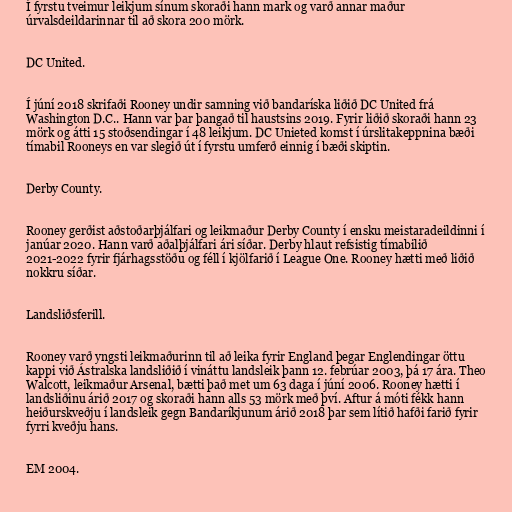
Í fyrstu tveimur leikjum sínum skoraði hann mark og varð annar maður
úrvalsdeildarinnar til að skora 200 mörk.

DC United.

Í júní 2018 skrifaði Rooney undir samning við bandaríska liðið DC United frá
Washington D.C.. Hann var þar þangað til haustsins 2019. Fyrir liðið skoraði hann 23
mörk og átti 15 stoðsendingar í 48 leikjum. DC Unieted komst í úrslitakeppnina bæði
tímabil Rooneys en var slegið út í fyrstu umferð einnig í bæði skiptin.

Derby County.

Rooney gerðist aðstoðarþjálfari og leikmaður Derby County í ensku meistaradeildinni í
janúar 2020. Hann varð aðalþjálfari ári síðar. Derby hlaut refsistig tímabilið
2021-2022 fyrir fjárhagsstöðu og féll í kjölfarið í League One. Rooney hætti með liðið
nokkru síðar.

Landsliðsferill.

Rooney varð yngsti leikmaðurinn til að leika fyrir England þegar Englendingar öttu
kappi við Ástralska landsliðið í vináttu landsleik þann 12. febrúar 2003, þá 17 ára. Theo
Walcott, leikmaður Arsenal, bætti það met um 63 daga í júní 2006. Rooney hætti í
landsliðinu árið 2017 og skoraði hann alls 53 mörk með því. Aftur á móti fékk hann
heiðurskveðju í landsleik gegn Bandaríkjunum árið 2018 þar sem lítið hafði farið fyrir
fyrri kveðju hans.

EM 2004.